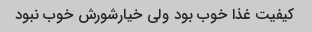
کیفیت غذا خوب بود ولی خیارشورش خوب نبود